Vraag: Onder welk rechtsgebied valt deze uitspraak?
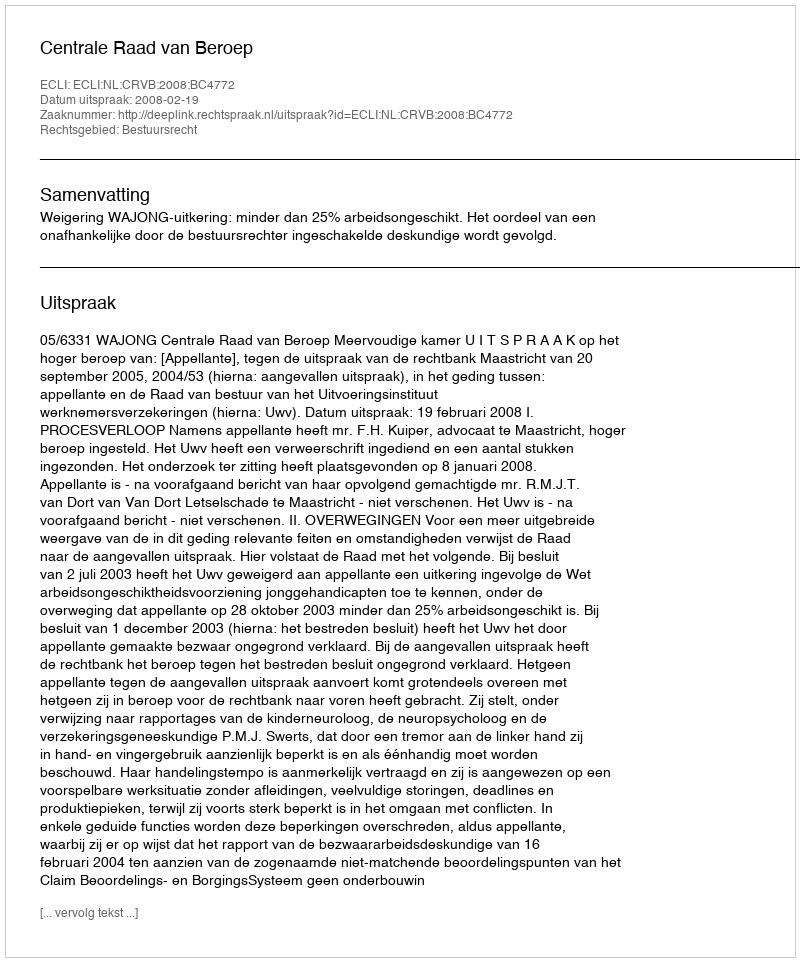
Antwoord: Bestuursrecht